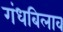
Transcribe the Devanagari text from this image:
गंधबिलाव